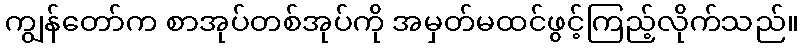
ကျွန်တော်က စာအုပ်တစ်အုပ်ကို အမှတ်မထင်ဖွင့်ကြည့်လိုက်သည်။